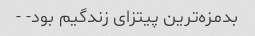
بدمزه‌ترین پیتزای زندگیم بود- -